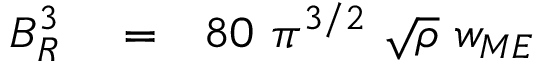
\begin{array} { r l r } { B _ { R } ^ { 3 } } & { { } = } & { 8 0 \ \pi ^ { 3 / 2 } \ \sqrt { \rho } \ w _ { M E } } \end{array}